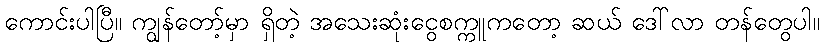
ကောင်းပါပြီ။ ကျွန်တော့်မှာ ရှိတဲ့ အသေးဆုံးငွေစက္ကူကတော့ ဆယ် ဒေါ်လာ တန်တွေပါ။